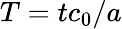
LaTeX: T=tc_{0}/a